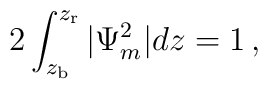
2 \int_{z_{\rm b}}^{z_{\rm r}} |\Psi_m^2| dz = 1\,,